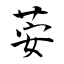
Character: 荌